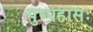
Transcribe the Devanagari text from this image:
पुष्पहासः